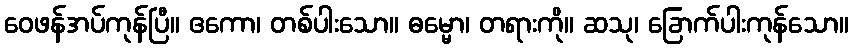
ဝေဖန်အပ်ကုန်ပြီ။ ဧကော၊ တစ်ပါးသော။ ဓမ္မော၊ တရားကို။ ဆသု၊ ခြောက်ပါးကုန်သော။